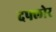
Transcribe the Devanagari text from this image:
दफ्लोर